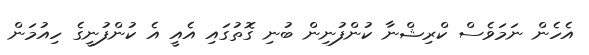
އެހެން ނަމަވެސް ކްރިޝްނާ ކުންފުނިން ބުނި ގޮތުގައި އެއީ އެ ކުންފުނީގެ ހިއުމަން